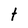
Character: t